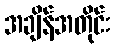
အချိန်အတိုင်း